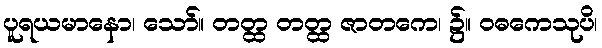
ပူရယမာနော၊ သော်။ တတ္ထ တတ္ထ ဇာတကေ၊ ၌။ ဝဓကေသုပိ၊